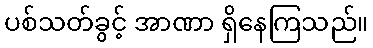
ပစ်သတ်ခွင့် အာဏာ ရှိနေကြသည်။